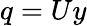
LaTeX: q=Uy